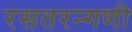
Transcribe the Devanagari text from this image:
रसतरन्गणी